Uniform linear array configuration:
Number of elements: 8
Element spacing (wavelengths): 0.75
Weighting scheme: kaiser
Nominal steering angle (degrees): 45
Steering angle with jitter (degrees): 46.966
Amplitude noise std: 0.05
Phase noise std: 0.05

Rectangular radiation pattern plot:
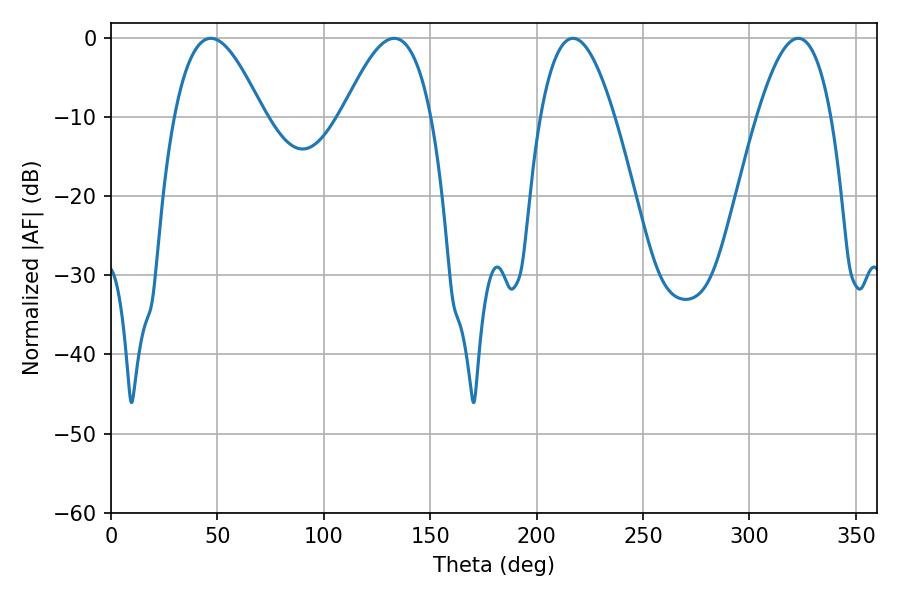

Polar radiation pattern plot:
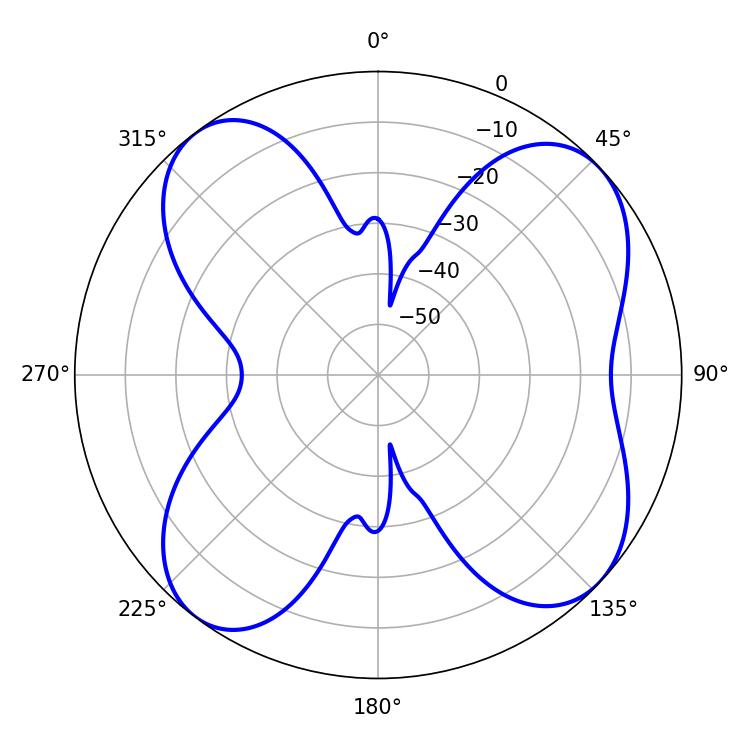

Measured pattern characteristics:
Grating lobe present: TRUE
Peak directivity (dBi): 9.521
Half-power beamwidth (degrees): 18.9
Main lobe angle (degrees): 217.08